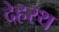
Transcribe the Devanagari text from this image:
देहरथ